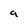
Character: 9